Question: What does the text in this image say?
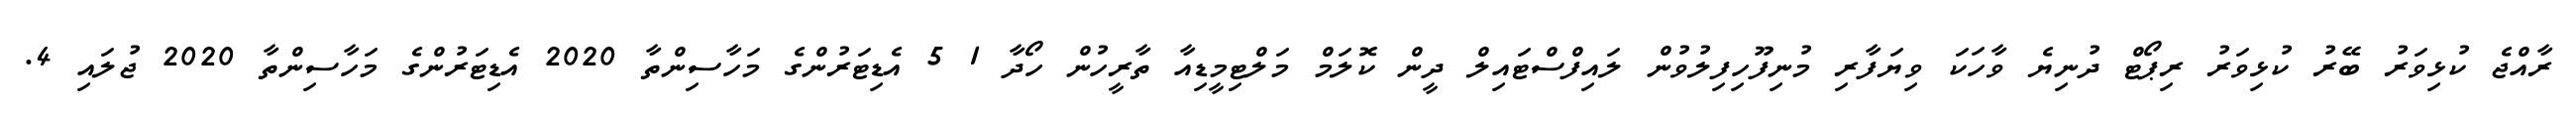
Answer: ރާއްޖެ ކުޅިވަރު ބޭރު ކުޅިވަރު ރިޕޯޓް ދުނިޔެ ވާހަކަ ވިޔަފާރި މުނިފޫހިފިލުވުން ލައިފްސްޓައިލް ދީން ކޮލަމް މަލްޓިމީޑިއާ ތާރީހުން ހޯދާ 1 5 އެޑިޓަރުންގެ މަހާސިންތާ 2020 އެޑިޓަރުންގެ މަހާސިންތާ 2020 ޖުލައި 4.